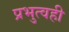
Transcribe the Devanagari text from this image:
प्रभुत्वही